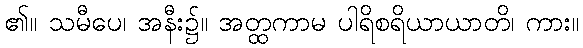
၏။ သမီပေ၊ အနီး၌။ အတ္ထကာမ ပါရိစရိယာယာတိ၊ ကား။